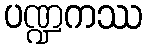
ပဏ္ဍကဿ